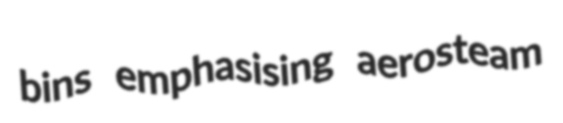
bins emphasising aerosteam